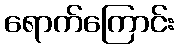
ရောက်ကြောင်း